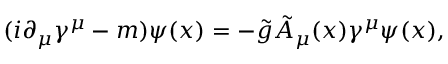
( i \partial _ { \mu } \gamma ^ { \mu } - m ) \psi ( x ) = - \tilde { g } \tilde { A } _ { \mu } ( x ) \gamma ^ { \mu } \psi ( x ) ,